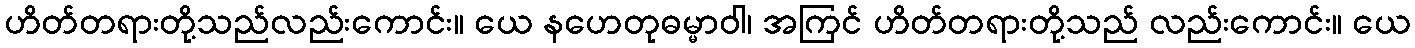
ဟိတ်တရားတို့သည်လည်းကောင်း။ ယေ နဟေတုဓမ္မာဝါ၊ အကြင် ဟိတ်တရားတို့သည် လည်းကောင်း။ ယေ